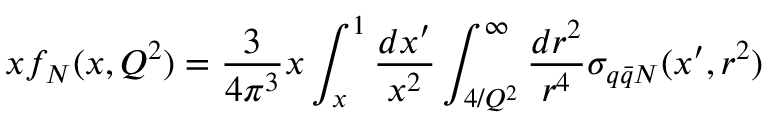
x f _ { N } ( x , Q ^ { 2 } ) = \frac { 3 } { 4 \pi ^ { 3 } } x \int _ { x } ^ { 1 } \frac { d x ^ { \prime } } { x ^ { 2 } } \int _ { 4 / Q ^ { 2 } } ^ { \infty } \frac { d r ^ { 2 } } { r ^ { 4 } } \sigma _ { q \bar { q } N } ( x ^ { \prime } , r ^ { 2 } )